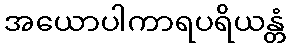
အယောပါကာရပရိယန္တံ